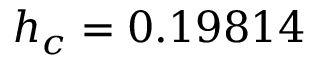
h _ { c } = 0 . 1 9 8 1 4